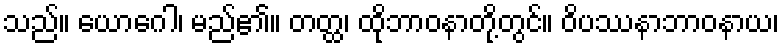
သည်။ ယောဂေါ၊ မည်၏။ တတ္ထ၊ ထိုဘာဝနာတို့တွင်။ ဝိပဿနာဘာဝနာယ၊